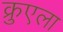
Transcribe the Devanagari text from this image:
क्रुएला